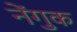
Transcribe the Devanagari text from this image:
नेंगुक